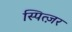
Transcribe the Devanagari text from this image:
स्पित्ज़र